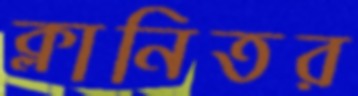
ক্লানিতর